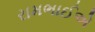
રામભાઈએ